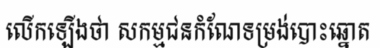
លើកឡើងថា សកម្មជនកំណែទម្រង់បោះឆ្នោត